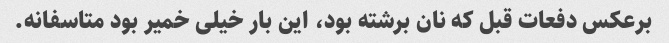
برعکس دفعات قبل که نان برشته بود، این بار خیلی خمیر بود متاسفانه.